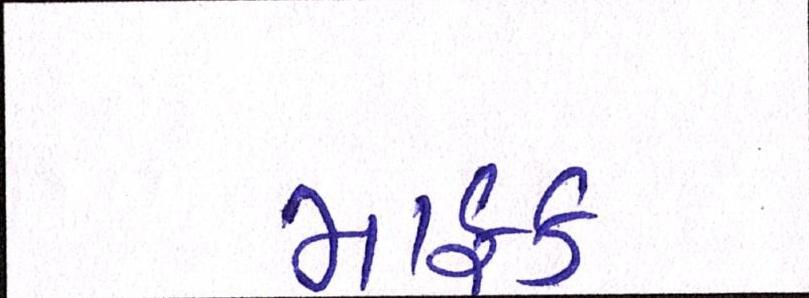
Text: માફક